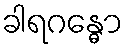
ခါရဂန္ဓော